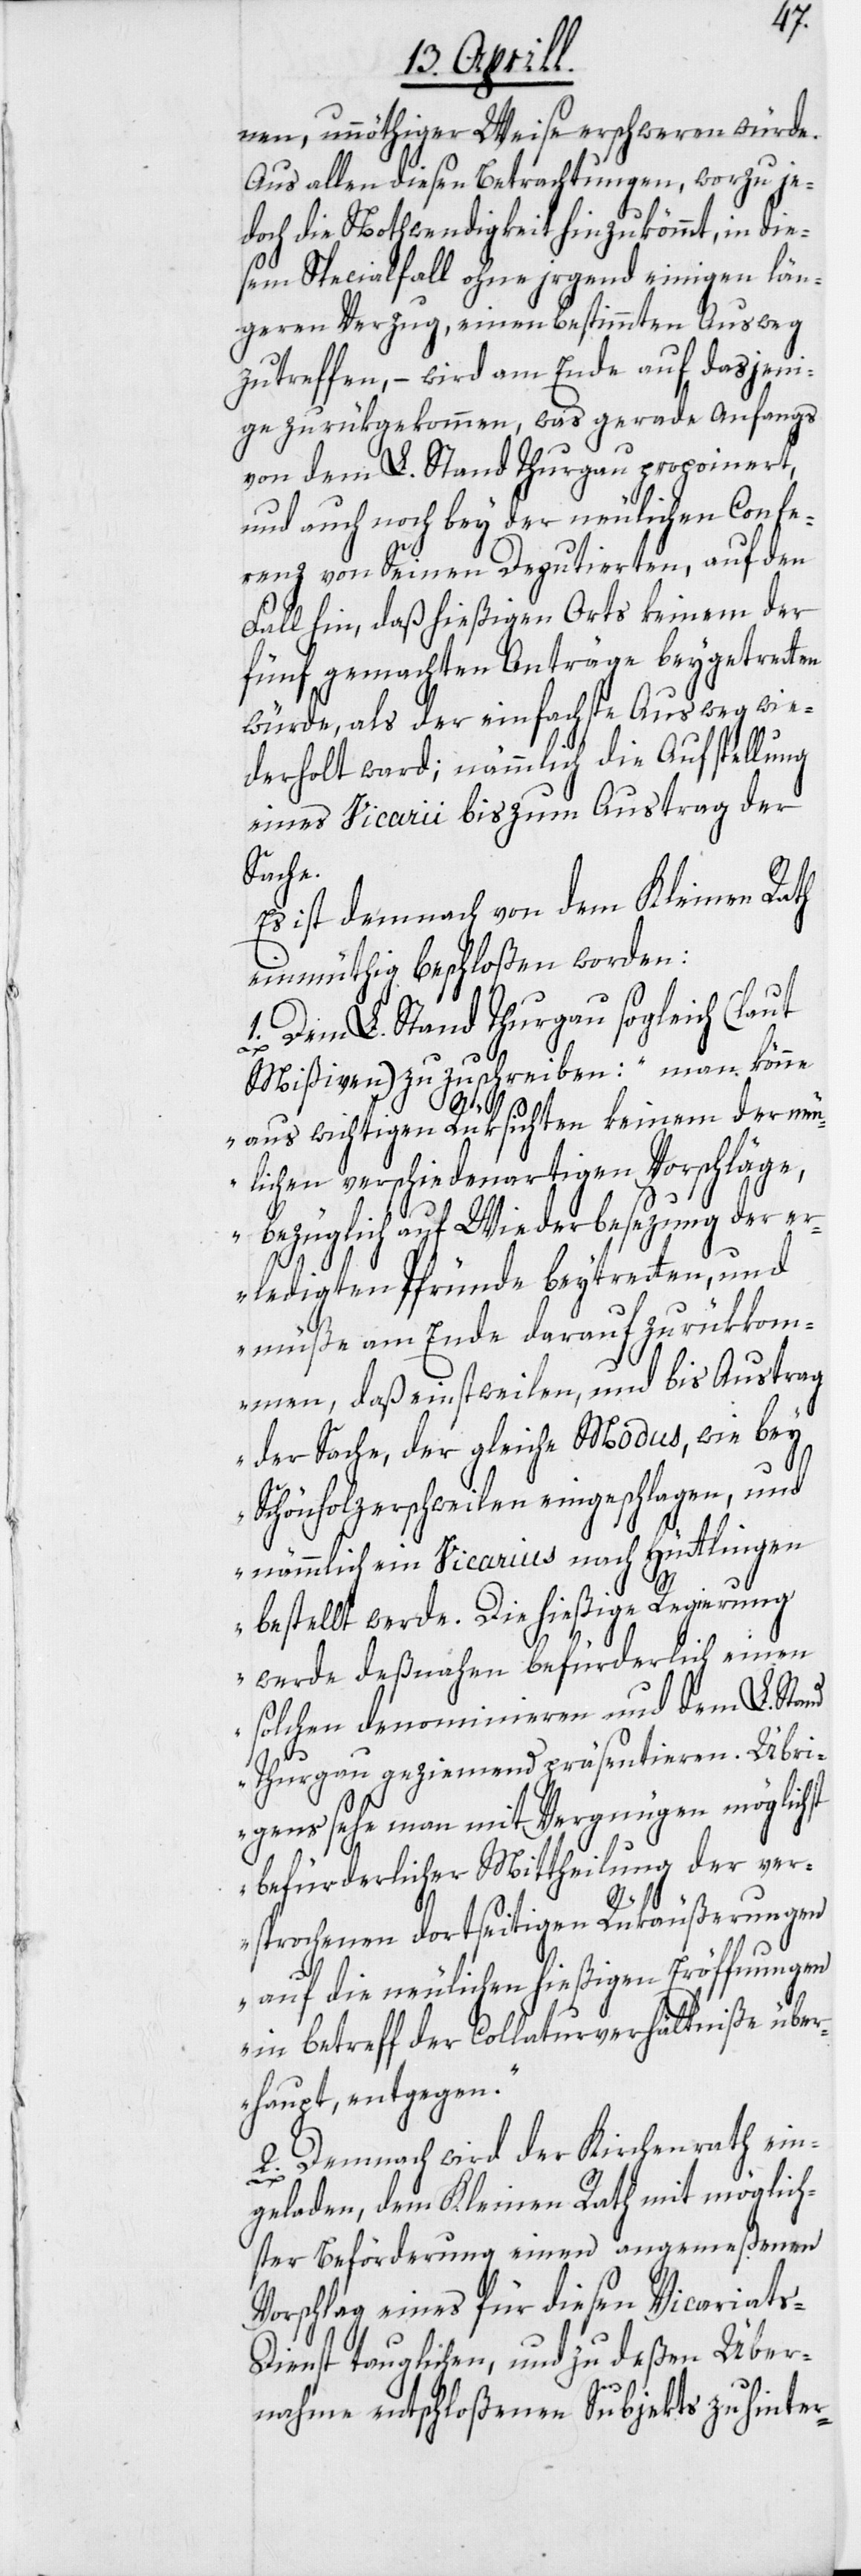
nen, unnöthiger Weise erschweren würde.
Aus allen diesen Betrachtungen, worzu je¬
doch die Nothwendigkeit hinzukömmt, in die¬
sem Specialfall ohne irgend einigen län¬
geren Verzug, einen bestimmten Ausweg
zu treffen, – wird am Ende auf dasjeni¬
ge zurükgekommen, was gerade Anfangs
von dem L. Stand Thurgau propoinert
und auch noch bey der neulichen Confe¬
renz von Seinen Deputierten, auf den
Fall hin, daß hießigen Orts keinem der
fünf gemachten Anträge beygetretten
würde, als der einfachste Ausweg wie¬
derholt ward; nämmlich die Aufstellung
eines Vicarii bis zum Austrag der
Sache.
Es ist demnach von dem Kleinen Rath
einmüthig beschloßen worden:
1. Dem L. Stand Thurgau sogleich (laut
Mißiven) zuzuschreiben: „man könne
[recte:
aus wichtigen Rüksichten keinem der neu¬
lichen verschiedenartigen Vorschläge,
bezüglich auf Wiederbesezung der e¬
rledigten Pfründe beytretten, und
müße am Ende darauf zurükkom¬
men, daß einstweilen, und bis Austrag
der Sache, der gleiche Modus, wie bey
Schönholzerschweilen eingeschlagen, und
nämmlich ein Vicarius nach Hüttlingen
bestellt werde. Die hießige Regierung
werde deßnahen befürderlich einen
solchen denominieren und dem L. Stand
Thurgau geziemend präsentieren. Übri¬
gens sehe man mit Vergnügen möglichst
befürderlicher Mittheilung der ver¬
sprochenen dortseitigen Rükäußerungen
auf die neulichen hießigen Eröffnungen
in betreff der Collaturverhältniße über¬
haupt, entgegen.“
2. Demnach wird der Kirchenrath ein¬
geladen, dem Kleinen Rath mit möglich¬
ster Beförderung einen angemeßenen
Vorschlag eines für diesen Vicariat¬
s-Dienst tauglichen, und zu deßen Über¬
nahme entschloßenen Subjects zu hinter-